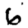
Digit: 6